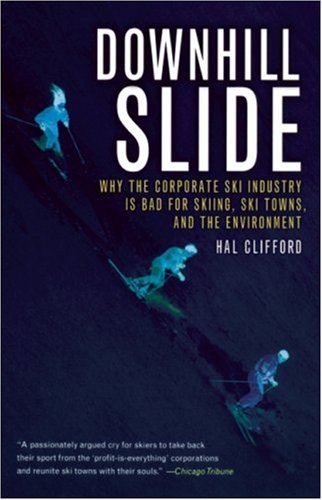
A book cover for Downhill Slide: Why the Corporate Ski Industry is Bad for Skiing, Ski Towns, and the Environment; Hal Clifford; Sports & Outdoors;